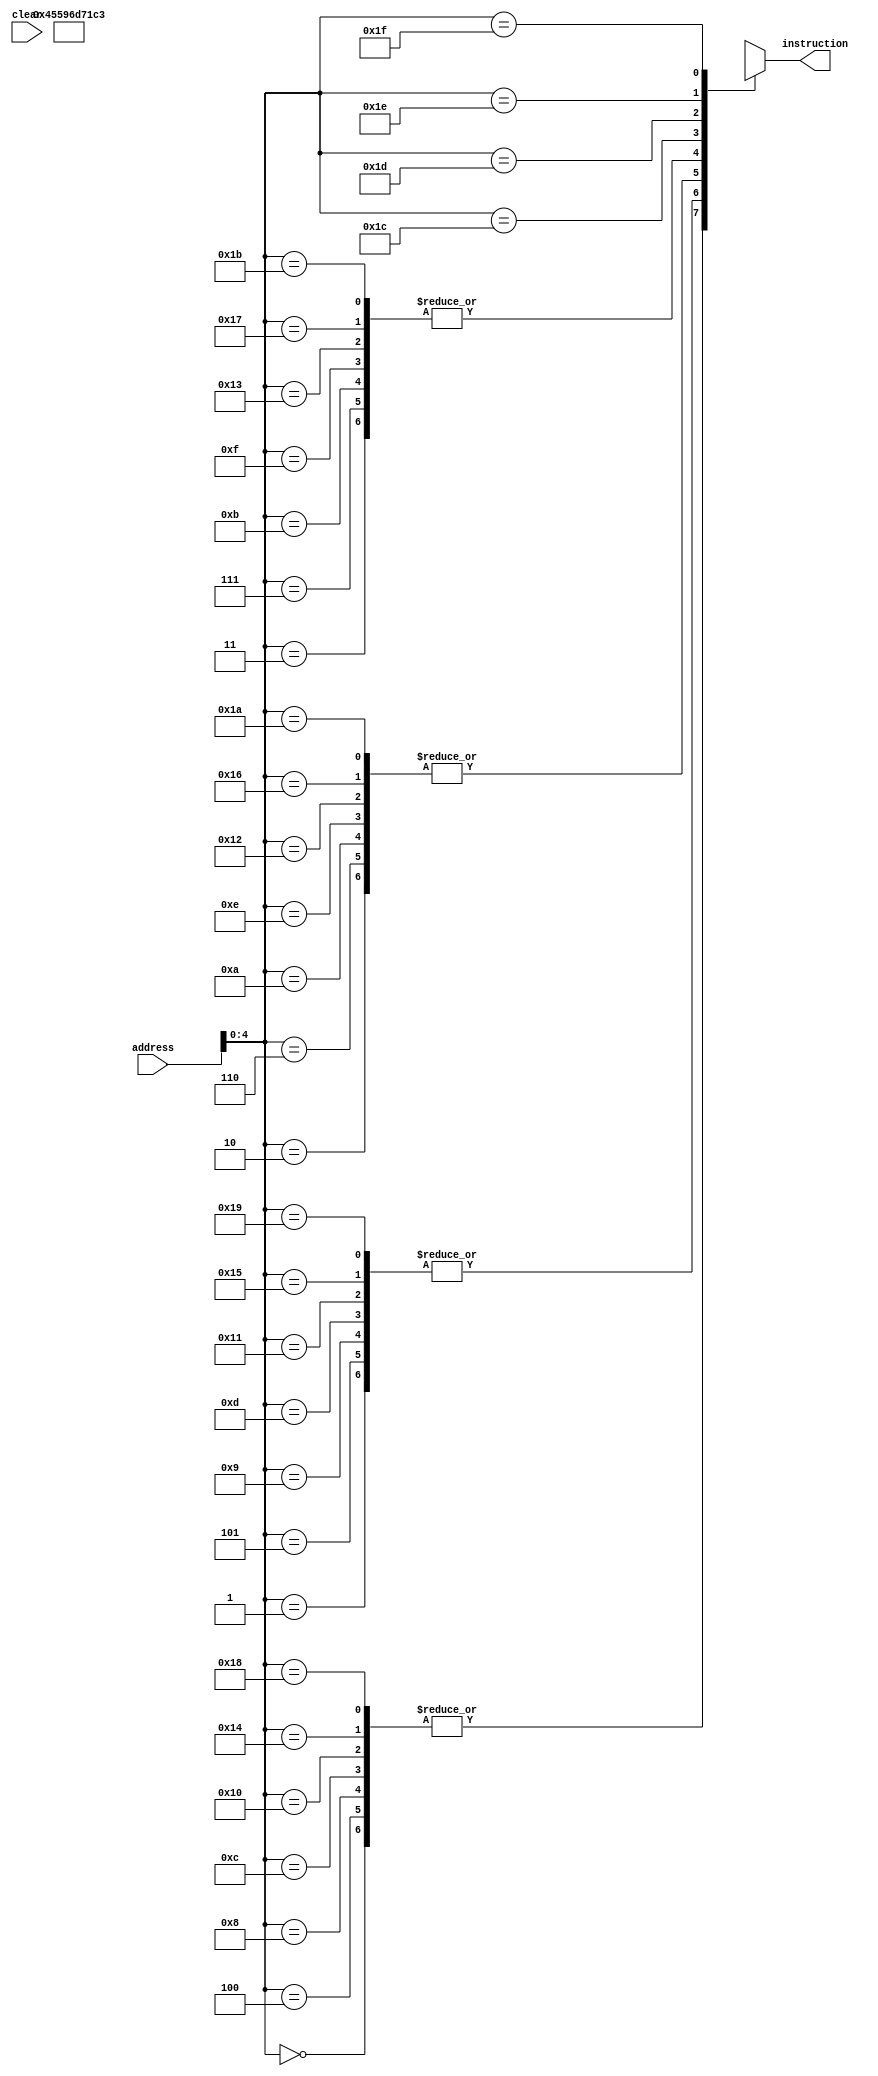
module tester(
    input [7:0] address,
    input clear,
    output [7:0] instruction
);

// memory for instruction
wire [7:0] memory [0:31];


// Instruction start

assign memory[0] = 8'b01000101; // m1(1) to s1 : r0100 rw 1
assign memory[1] = 8'b01011001; // m2(2) to s2 : r0120 rw 2
assign memory[2] = 8'b01101101; // m3(3) to s3 : r0123 rw 3
assign memory[3] = 8'b01110001; // m4(4) to s0 : r4123 rw 4
assign memory[4] = 8'b01000101; // m5(5) to s1 : r4523 rw 5
assign memory[5] = 8'b01011001; // m6(6) to s2 : r4563 rw 6
assign memory[6] = 8'b01101101; // m7(7) to s3 : r4567 rw 7
assign memory[7] = 8'b01110001; // m8(8) to s0 : r8567 rw 8

assign memory[8] = 8'b01000101; 
assign memory[9] = 8'b01011001; 
assign memory[10] = 8'b01101101; 
assign memory[11] = 8'b01110001; // rw 12

assign memory[12] = 8'b01000101; 
assign memory[13] = 8'b01011001; 
assign memory[14] = 8'b01101101; 
assign memory[15] = 8'b01110001; // rw

assign memory[16] = 8'b01000101; 
assign memory[17] = 8'b01011001; 
assign memory[18] = 8'b01101101; 
assign memory[19] = 8'b01110001; // 

assign memory[20] = 8'b01000101; 
assign memory[21] = 8'b01011001; 
assign memory[22] = 8'b01101101; 
assign memory[23] = 8'b01110001; // 

assign memory[24] = 8'b01000101; 
assign memory[25] = 8'b01011001; 
assign memory[26] = 8'b01101101; 
assign memory[27] = 8'b01110001; //

assign memory[28] = 8'b11000011; // stop

// Instruction end

// output instruction
assign instruction = memory[address];

endmodule